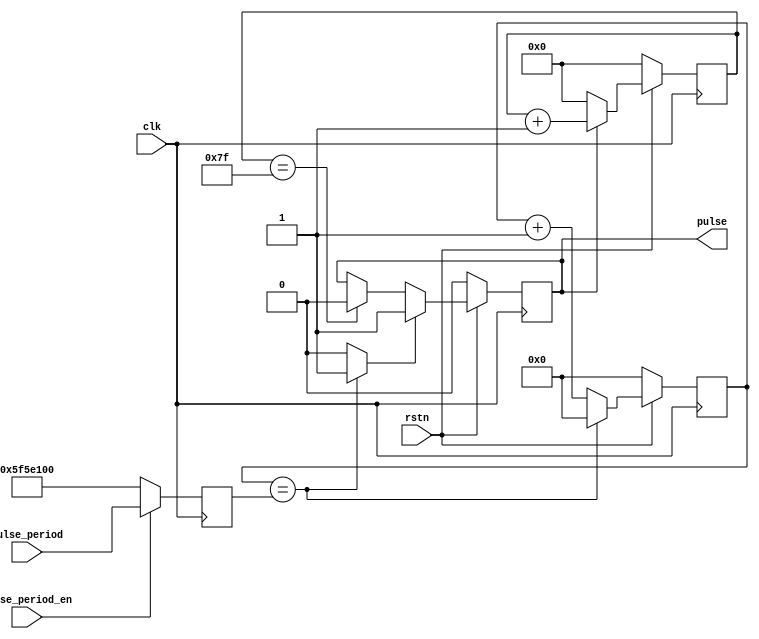
// ***************************************************************************
// ***************************************************************************
// Copyright 2014 - 2017 (c) Analog Devices, Inc. All rights reserved.
//
// In this HDL repository, there are many different and unique modules, consisting
// of various HDL (Verilog or VHDL) components. The individual modules are
// developed independently, and may be accompanied by separate and unique license
// terms.
//
// The user should read each of these license terms, and understand the
// freedoms and responsibilities that he or she has by using this source/core.
//
// This core is distributed in the hope that it will be useful, but WITHOUT ANY
// WARRANTY; without even the implied warranty of MERCHANTABILITY or FITNESS FOR
// A PARTICULAR PURPOSE.
//
// Redistribution and use of source or resulting binaries, with or without modification
// of this file, are permitted under one of the following two license terms:
//
//   1. The GNU General Public License version 2 as published by the
//      Free Software Foundation, which can be found in the top level directory
//      of this repository (LICENSE_GPL2), and also online at:
//      <https://www.gnu.org/licenses/old-licenses/gpl-2.0.html>
//
// OR
//
//   2. An ADI specific BSD license, which can be found in the top level directory
//      of this repository (LICENSE_ADIBSD), and also on-line at:
//      https://github.com/analogdevicesinc/hdl/blob/master/LICENSE_ADIBSD
//      This will allow to generate bit files and not release the source code,
//      as long as it attaches to an ADI device.
//
// ***************************************************************************
// ***************************************************************************
`timescale 1ns/1ps

module util_pulse_gen #(

  parameter   PULSE_WIDTH = 7,
  parameter   PULSE_PERIOD = 100000000)(         // t_period * clk_freq

  input               clk,
  input               rstn,

  input       [31:0]  pulse_period,
  input               pulse_period_en,

  output  reg         pulse
);

  // internal registers

  reg     [(PULSE_WIDTH-1):0]  pulse_width_cnt = {PULSE_WIDTH{1'b1}};
  reg     [31:0]               pulse_period_cnt = 32'h0;
  reg     [31:0]               pulse_period_d = 32'b0;

  wire                         end_of_period_s;

  // flop the desired period

  always @(posedge clk) begin
    pulse_period_d <= (pulse_period_en) ? pulse_period : PULSE_PERIOD;
  end

  // a free running pulse generator

  always @(posedge clk) begin
    if (rstn == 1'b0) begin
      pulse_period_cnt <= 32'h0;
    end else begin
      pulse_period_cnt <= (pulse_period_cnt == pulse_period_d) ? 32'b0 : (pulse_period_cnt + 1);
    end
  end

  assign  end_of_period_s = (pulse_period_cnt == pulse_period_d) ? 1'b1 : 1'b0;

  // generate pulse with a specified width

  always @(posedge clk) begin
    if (rstn == 1'b0) begin
      pulse_width_cnt <= 0;
      pulse <= 0;
    end else begin
      pulse_width_cnt <= (pulse == 1'b1) ? pulse_width_cnt + 1 : {PULSE_WIDTH{1'h0}};
      if(end_of_period_s == 1'b1) begin
        pulse <= 1'b1;
      end else if(pulse_width_cnt == {PULSE_WIDTH{1'b1}}) begin
        pulse <= 1'b0;
      end
    end
  end

endmodule